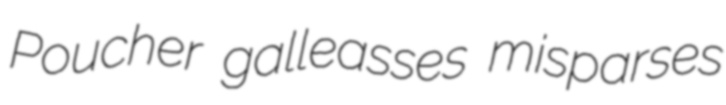
Poucher galleasses misparses